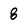
Character: 8